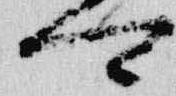
可